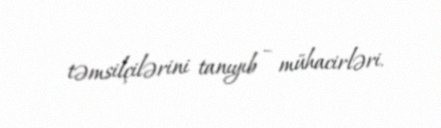
təmsilçilərini tanıyıb – mühacirləri.